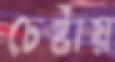
চেষ্টায়